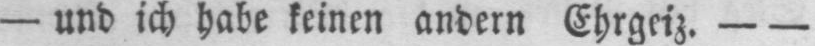
- und ich habe keinen andern Ehrgeiz. - -